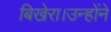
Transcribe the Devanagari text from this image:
बिखेरा।उन्होंने